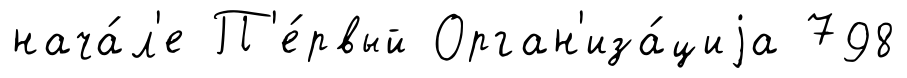
нача́л'е П'е́рвый Орган'иза́циjа 798